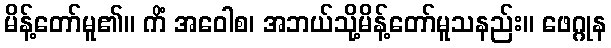
မိန့်တော်မူ၏။ ကိံ အဝေါစ၊ အဘယ်သို့မိန့်တော်မူသနည်း။ ဖေဂ္ဂုန